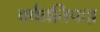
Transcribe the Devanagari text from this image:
वर्षप्रतिपदा